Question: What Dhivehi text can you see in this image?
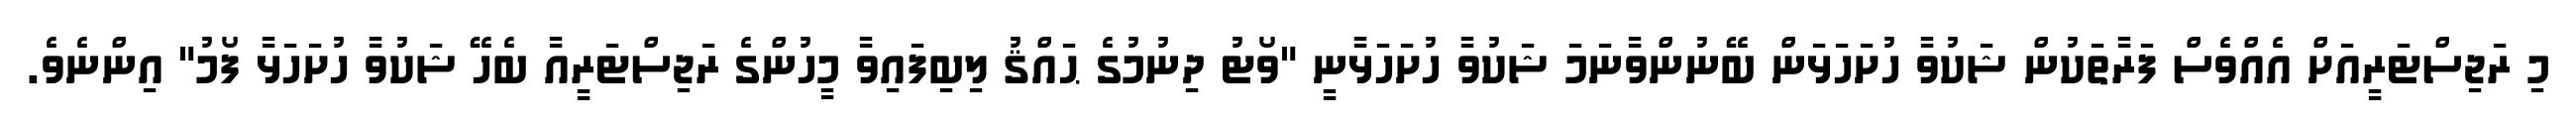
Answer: މި ރަޖިސްޓަރީއަށް އެއްވެސް ފަރާތަކުން ޝަކުވާ ހުށަހަޅަން ބޭނުންވާނަމަ ޝަކުވާ ހުށަހަޅާނީ "ވޯޓު ދިނުމުގެ ޙައްޤު ލިބިފައިވާ މީހުންގެ ރަޖިސްޓަރީއާ ބެހޭ ޝަކުވާ ހުށަހަޅާ ފޯމު" އިންނެވެ.